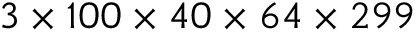
3 \times 1 0 0 \times 4 0 \times 6 4 \times 2 9 9